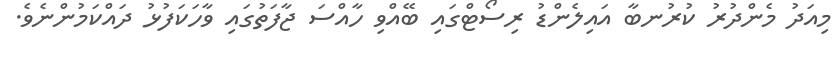
މިއަދު މެންދުރު ކުރުނބާ އައިލެންޑު ރިސޯޓްގައި ބޭއްވި ހާއްސަ ޖާފަތުގައި ވާހަކަފުޅު ދައްކަމުންނެވެ.